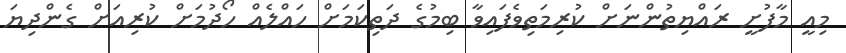
މިއީ މާފުށީ ރައްޔިތުންނަށް ކުރިމަތިވެފައިވާ ބިމުގެ ދަތިކަމަށް ހައްލެއް ހޯދުމަށް ކުރިއަށް ގެންދިޔަ